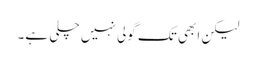
لیکن ابھی تک گولی نہیں چلی ہے۔